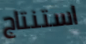
استنتاج